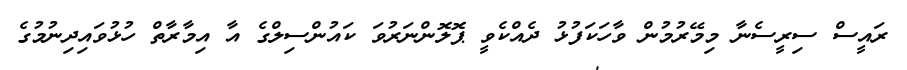
ރައީސް ސިރީސެނާ މިމޭރުމުން ވާހަކަފުޅު ދެއްކެވީ ޕޮލޮންނަރުވަ ކައުންސިލްގެ އާ އިމާރާތް ހުޅުވައިދިނުމުގެ